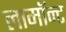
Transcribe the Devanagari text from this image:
लामॉन्ट